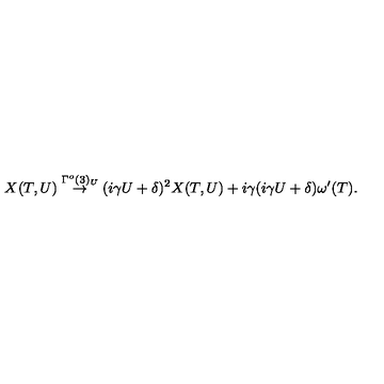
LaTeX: X ( T , U ) \stackrel { \Gamma ^ { o } ( 3 ) _ { U } } { \rightarrow } ( i \gamma U + \delta ) ^ { 2 } X ( T , U ) + i \gamma ( i \gamma U + \delta ) \omega ^ { \prime } ( T ) .